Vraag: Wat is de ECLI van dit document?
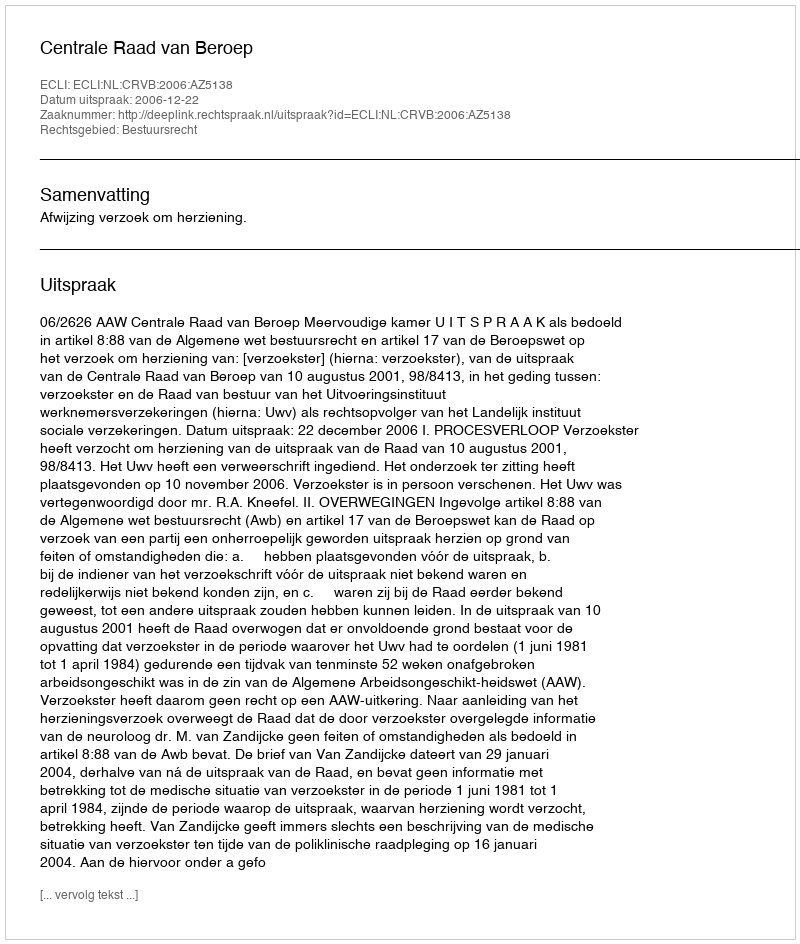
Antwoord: ECLI:NL:CRVB:2006:AZ5138